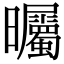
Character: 曯